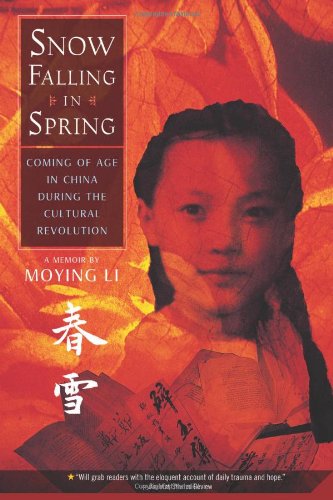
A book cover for Snow Falling in Spring: Coming of Age in China During the Cultural Revolution; Moying Li; Teen & Young Adult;